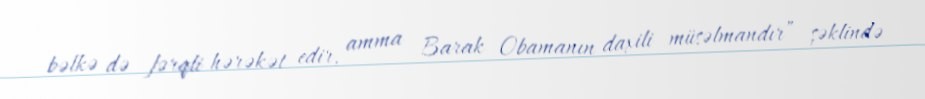
bəlkə də fərqli hərəkət edir, amma Barak Obamanın daxili müsəlmandır” şəklində